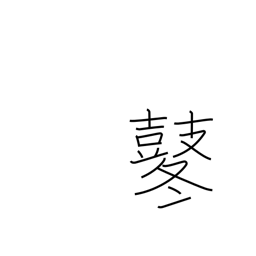
Meaning: beating of drums